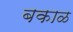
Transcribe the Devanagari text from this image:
बकाळ